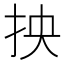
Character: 抰